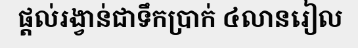
ផ្តល់រង្វាន់ជាទឹកប្រាក់ ៤លានរៀល